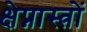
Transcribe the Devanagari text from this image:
क्षेप्नास्त्रों